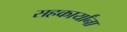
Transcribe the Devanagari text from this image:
सहकार्यांना